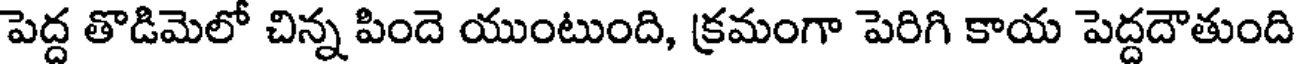
పెద్ద తొడిమెలో చిన్న పిందె యుంటుంది, క్రమంగా పెరిగి కాయ పెద్దదౌతుంది